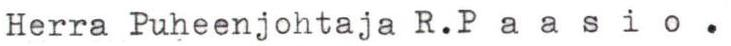
Herra Puheenjohtaja R.P a a s i o.